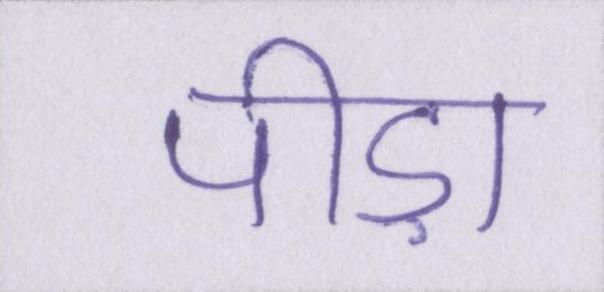
पीड़ा